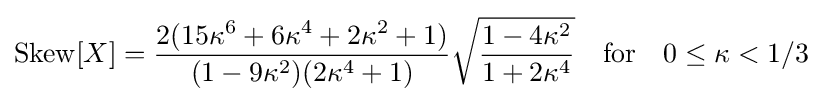
\operatorname {Skew} [X]={\frac {2(15\kappa ^{6}+6\kappa ^{4}+2\kappa ^{2}+1)}{(1-9\kappa ^{2})(2\kappa ^{4}+1)}}{\sqrt {\frac {1-4\kappa ^{2}}{1+2\kappa ^{4}}}}\quad {\text{for}}\quad 0\leq \kappa <1/3